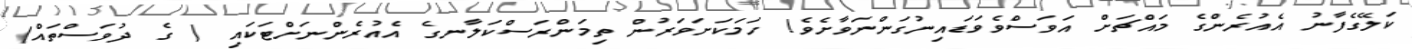
ކަލޭގެފާނު އެއުރެންގެ މައްޗަށް އަވަސްވެވަޑައިނުގަންނަވާށެވެ! ހަމަކަށަވަރުން ތިމަންރަސްކަލާނގެ އެއުރެންނަށްޓަކައި ( ގެ ދުވަސްތައް)